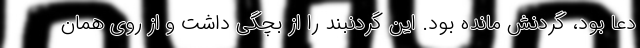
دعا بود، گردنش مانده بود. این گردنبند را از بچگی داشت و از روی همان